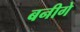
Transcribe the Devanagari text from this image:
बनीगे